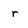
Character: r